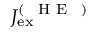
J _ { \mathrm { e x } } ^ { ( \mathrm { ~ \mathrm { ~ H ~ E ~ } ~ } ) }